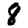
Digit: 8